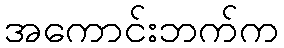
အကောင်းဘက်က